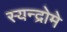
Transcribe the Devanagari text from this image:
स्यन्द्रोमे